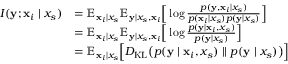
\begin{array} { r l } { I ( { \mathbf { y } } ; { \mathbf { x } } _ { i } \mid x _ { s } ) } & { = \mathbb { E } _ { { \mathbf { x } } _ { i } \mid x _ { s } } \mathbb { E } _ { { \mathbf { y } } \mid x _ { s } , { \mathbf { x } } _ { i } } \Big [ \log \frac { p ( { \mathbf { y } } , { \mathbf { x } } _ { i } \mid x _ { s } ) } { p ( { \mathbf { x } } _ { i } \mid x _ { s } ) p ( { \mathbf { y } } \mid x _ { s } ) } \Big ] } \\ & { = \mathbb { E } _ { { \mathbf { x } } _ { i } \mid x _ { s } } \mathbb { E } _ { { \mathbf { y } } \mid x _ { s } , { \mathbf { x } } _ { i } } \Big [ \log \frac { p ( { \mathbf { y } } \mid { \mathbf { x } } _ { i } , x _ { s } ) } { p ( { \mathbf { y } } \mid x _ { s } ) } \Big ] } \\ & { = \mathbb { E } _ { { \mathbf { x } } _ { i } \mid x _ { s } } \Big [ D _ { \mathrm { K L } } \big ( p ( { \mathbf { y } } \mid { \mathbf { x } } _ { i } , x _ { s } ) \mid \mid p ( { \mathbf { y } } \mid x _ { s } ) \big ) \Big ] } \end{array}